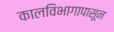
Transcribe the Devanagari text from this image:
कालविभागापासून